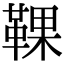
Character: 𩋗